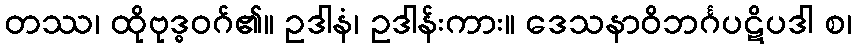
တဿ၊ ထိုဗုဒ္ဓဝဂ်၏။ ဥဒါနံ၊ ဥဒါန်းကား။ ဒေသနာဝိဘင်္ဂပဋိပဒါ စ၊